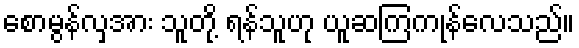
စောမွန်လှအား သူတို့ ရန်သူဟု ယူဆကြကုန်လေသည်။